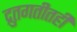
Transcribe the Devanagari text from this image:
द्रुतगतीतही